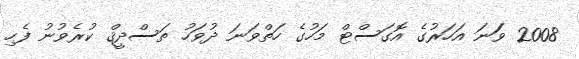
2008 ވަަނަ އަހަރުގެ އޮގަސްޓް މަހުގެ ހަތްވަނަ ދުވަހު ތަސްދީޤް ކުރެވުނު ފެހި